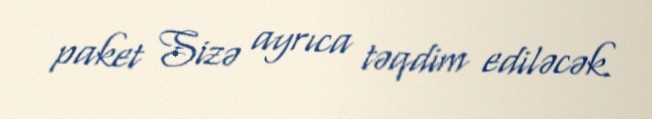
paket Sizə ayrıca təqdim ediləcək.